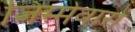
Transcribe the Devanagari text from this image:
जिम्मेवारों